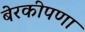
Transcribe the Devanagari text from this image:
बेरकीपणा